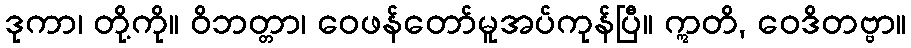
ဒုကာ၊ တို့ကို။ ဝိဘတ္တာ၊ ဝေဖန်တော်မူအပ်ကုန်ပြီ။ ဣတိ, ဝေဒိတဗ္ဗာ။